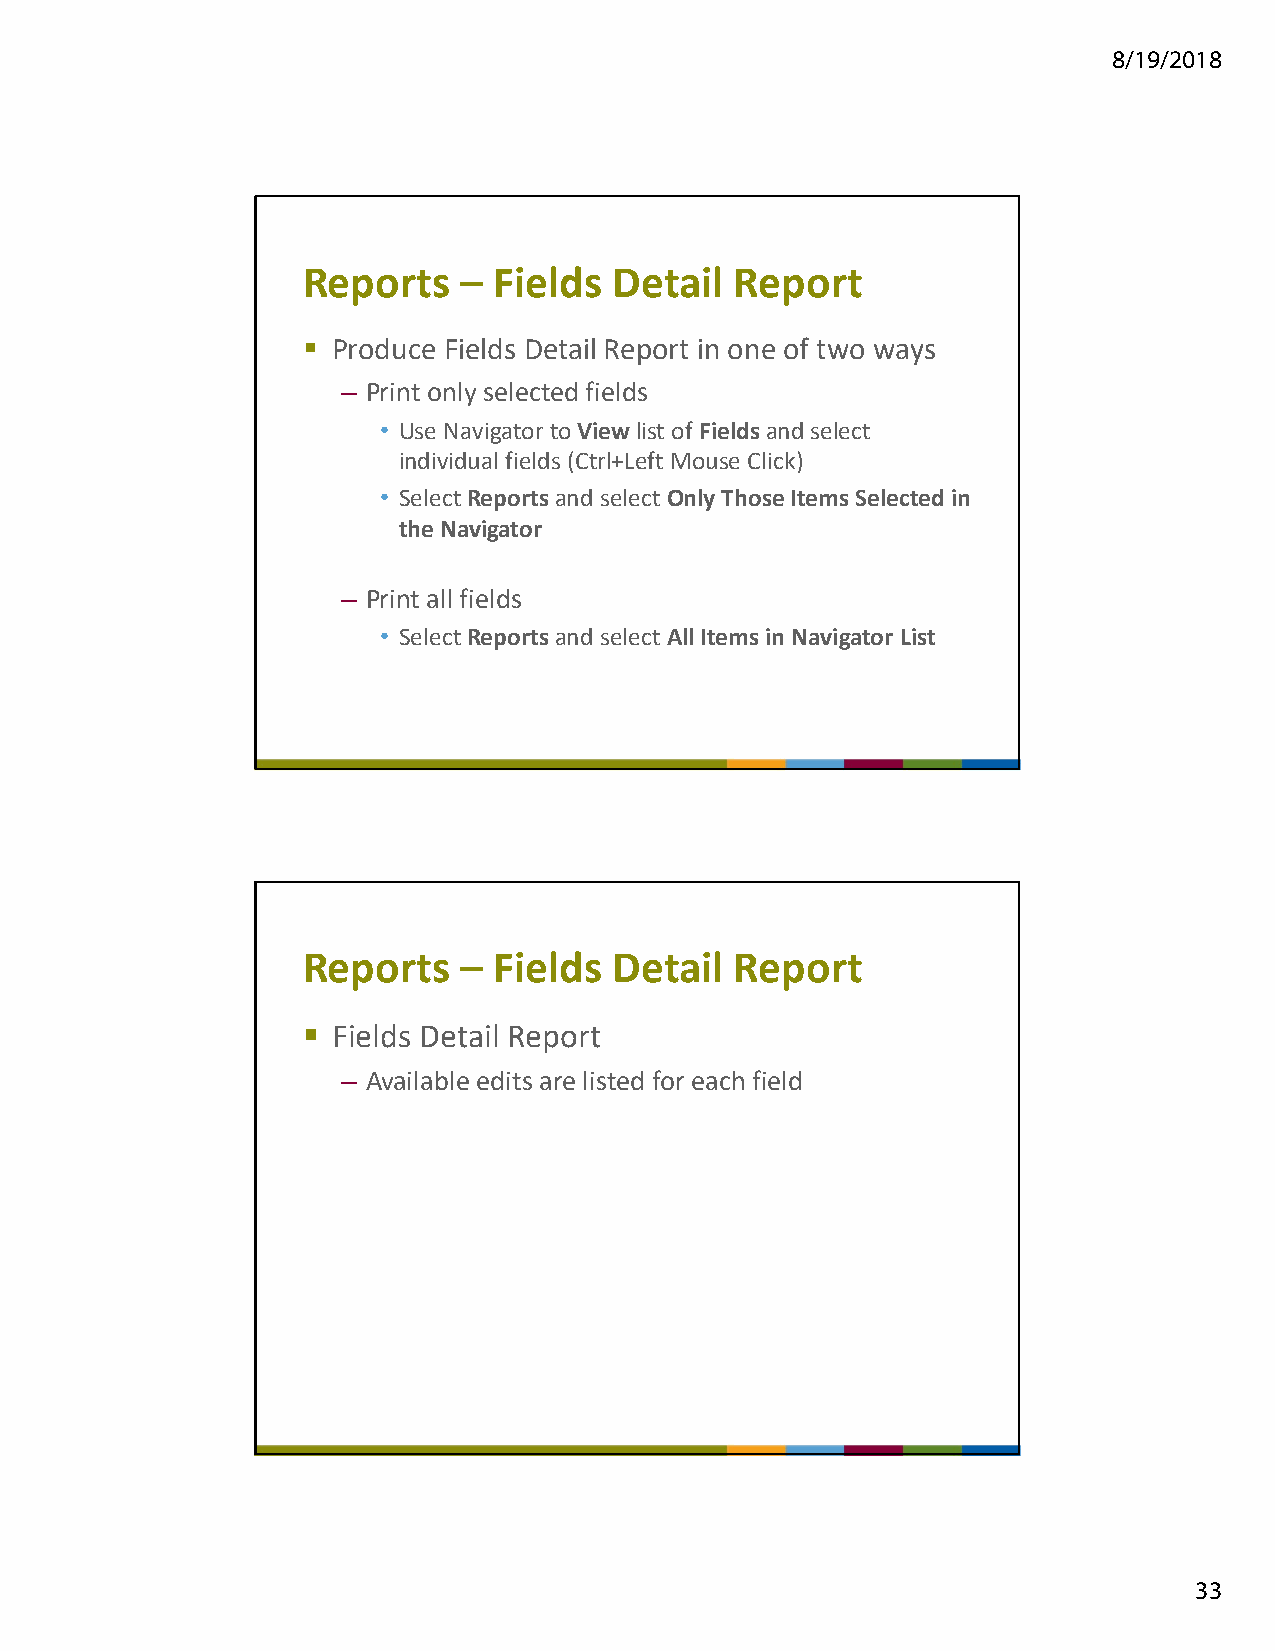
8/19/2018
 Reports   –  Fields  Detail  Report
  Produce Fields Detail Report in one of two ways
 – Print only selected fields
 • Use Navigator to View list of Fieldsand select
 individual fields (Ctrl+Left Mouse Click)
 • Select Reportsand select Only Those Items Selected in
 the Navigator
 – Print all fields
 • Select Reportsand select All Items in Navigator List
 Reports   –  Fields  Detail  Report
  Fields Detail Report
 – Available edits are listed for each field
 33